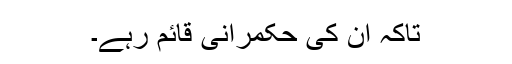
تاکہ ان کی حکمرانی قائم رہے۔